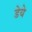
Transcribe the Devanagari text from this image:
डेये